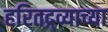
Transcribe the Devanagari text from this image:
हरितद्र्व्याच्या